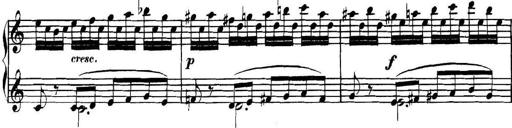
Title: Collected Piano Sonatas
Composer: Muzio Clementi